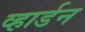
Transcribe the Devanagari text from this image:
व्हार्डन